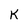
Character: K